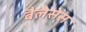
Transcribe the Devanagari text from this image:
बैलेसेस